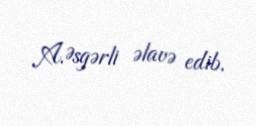
A.Əsgərli əlavə edib.